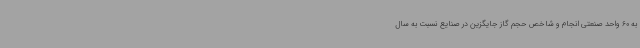
به 60 واحد صنعتی انجام و شاخص حجم گاز جایگزین در صنایع نسبت به سال